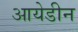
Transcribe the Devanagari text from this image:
आयेडीन